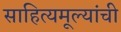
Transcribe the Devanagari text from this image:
साहित्यमूल्यांची